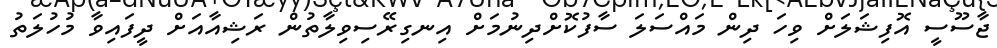
ޖާސޫސީ އޮފިޝަލަށް ވިހަ ދިން މައްސަލަ ސާފުކޮށްދިނުމަށް އިނގިރޭސިވިލާތުން ރަޝިއާއަށް ދީފައިވާ މުހުލަތު